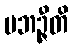
ပဘဉ္ဇီတိ